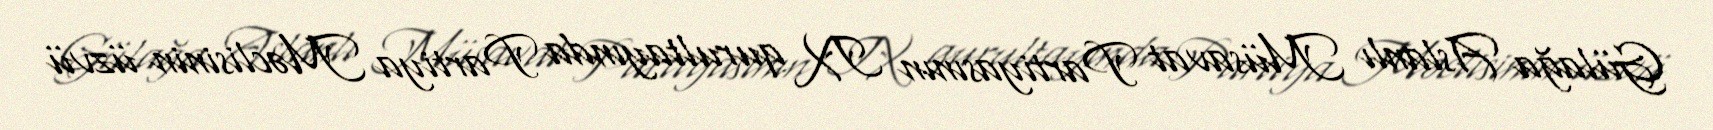
Gülağa Aslanlı Müsavat Partiyasının IX qurultayında Partiya Məclisinin üzvü